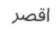
اقصر